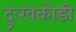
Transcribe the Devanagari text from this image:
दुःखकोडी